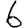
Digit: 6